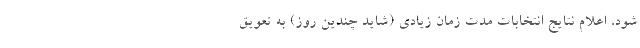
شود، اعلام نتایج انتخابات مدت زمان زیادی (شاید چندین روز) به تعویق